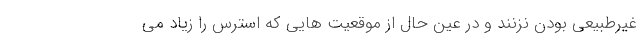
غیرطبیعی بودن نزنند و در عین حال از موقعیت هایی که استرس را زیاد می